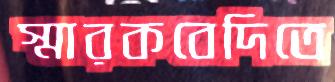
স্মারকবেদিতে